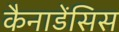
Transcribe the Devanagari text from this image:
कैनाडेंसिस